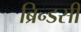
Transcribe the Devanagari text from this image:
ब्रिन्डसी